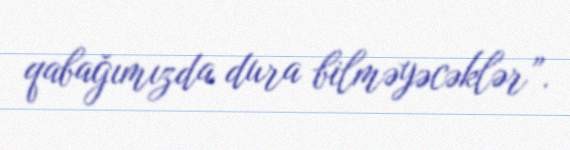
qabağımızda dura bilməyəcəklər”.